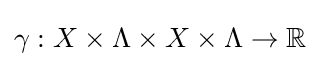
\gamma :X\times \Lambda \times X\times \Lambda \to \mathbb {R}